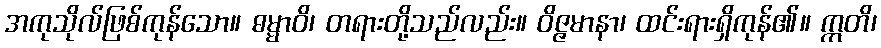
အကုသိုလ်ဖြစ်ကုန်သော။ ဓမ္မာဝိ၊ တရားတို့သည်လည်း။ ဝိဇ္ဇမာနာ၊ ထင်းရားရှိကုန်၏။ ဣတိ၊